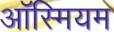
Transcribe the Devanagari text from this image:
ऑस्मियम